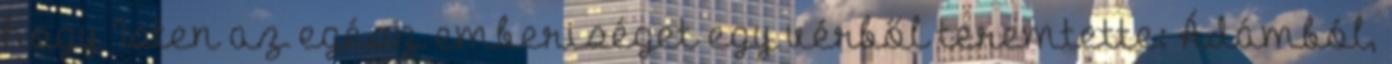
hogy Isten az egész emberiséget egy vérből teremtette: Ádámból,